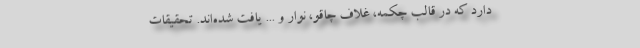
دارد که در قالب چکمه، غلاف چاقو، نوار و ... یافت شده‌اند. تحقیقات